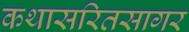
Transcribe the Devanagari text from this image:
कथासरितसागर